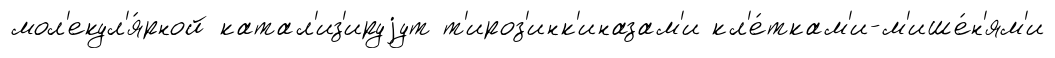
мол'екул'я́рной катал'из'ируjут т'ироз'инк'иназам'и кл'е́ткам'и-м'ише́н'ям'и